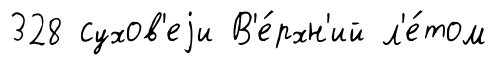
328 сухов'еjи В'е́рхн'ий л'е́том